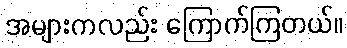
အများကလည်း ကြောက်ကြတယ်။